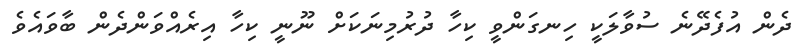
ދެން އުފެދޭނެ ސުވާލަކީ ހިނގަންވީ ކިހާ ދުރުމިނަކަށް ނޫނީ ކިހާ އިރެއްވަންދެން ބާވައެވެ